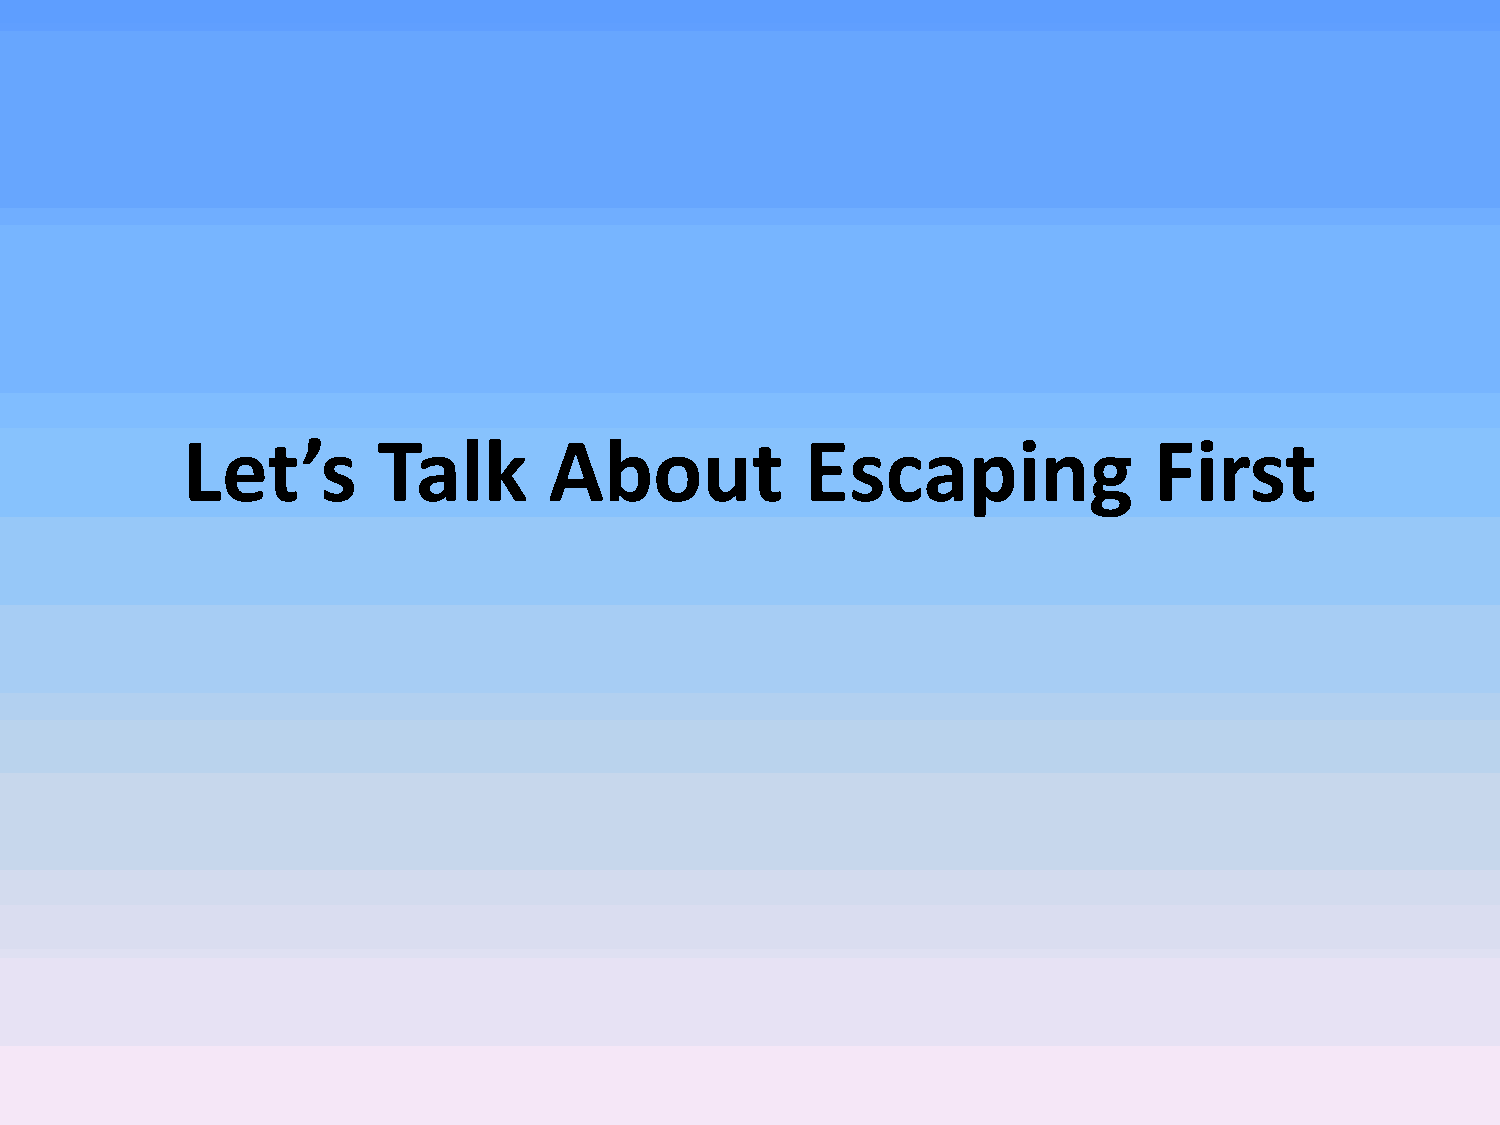
Let’s        Talk       About            Escaping               First